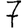
Digit: 7